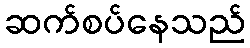
ဆက်စပ်နေသည်